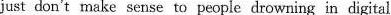
just don't make sense to people drowning in digital